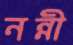
নন্নী